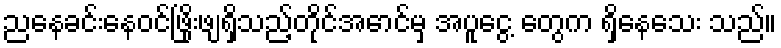
ညနေခင်းနေဝင်ဖြိုးဖျရှိသည့်တိုင်အောင်မှ အပူငွေ့ တွေက ရှိနေသေး သည်။